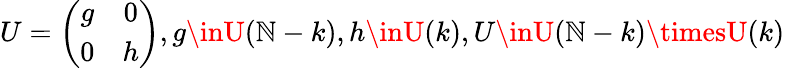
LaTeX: U=\left(\begin{array}{cc}{{g}}&{{0}}\\ {{0}}&{{h}}\end{array}\right),g\inU(\mathbb{N}-k),h\inU(k),U\inU(\mathbb{N}-k)\timesU(k)